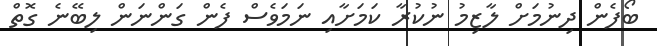
ބޯފެން ދިނުމަށް ލާޒިމު ނުކުރާ ކަމަށާއި ނަމަވެސް ފެން ގަންނަން ލިބޭނެ ގޮތް